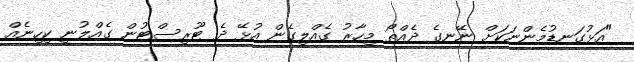
"އަޅުގަނޑުމެންނަކަށް ނޭނގެ ދެއްތޯ މިހާރު ގެއްލިގެން އުޅޭ ދެ ޓޫރިސްޓުން ގެއްލުނީ ކިހިނެއް